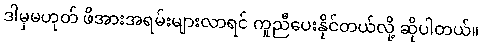
ဒါမှမဟုတ် ဖိအားအရမ်းများလာရင် ကူညီပေးနိုင်တယ်လို့ ဆိုပါတယ်။